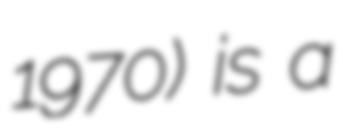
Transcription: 1970) is a